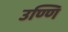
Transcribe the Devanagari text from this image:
उण्णि